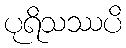
ပုရိသဿပိ